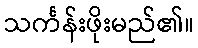
သင်္ကန်းဖိုးမည်၏။